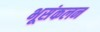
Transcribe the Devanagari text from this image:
भूसंकलन